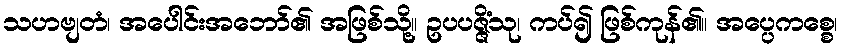
သဟဗျတံ၊ အပေါင်းအဘော်၏ အဖြစ်သို့။ ဥပပဇ္ဇိံသု၊ ကပ်၍ ဖြစ်ကုန်၏။ အပ္ပေကစ္စေ၊